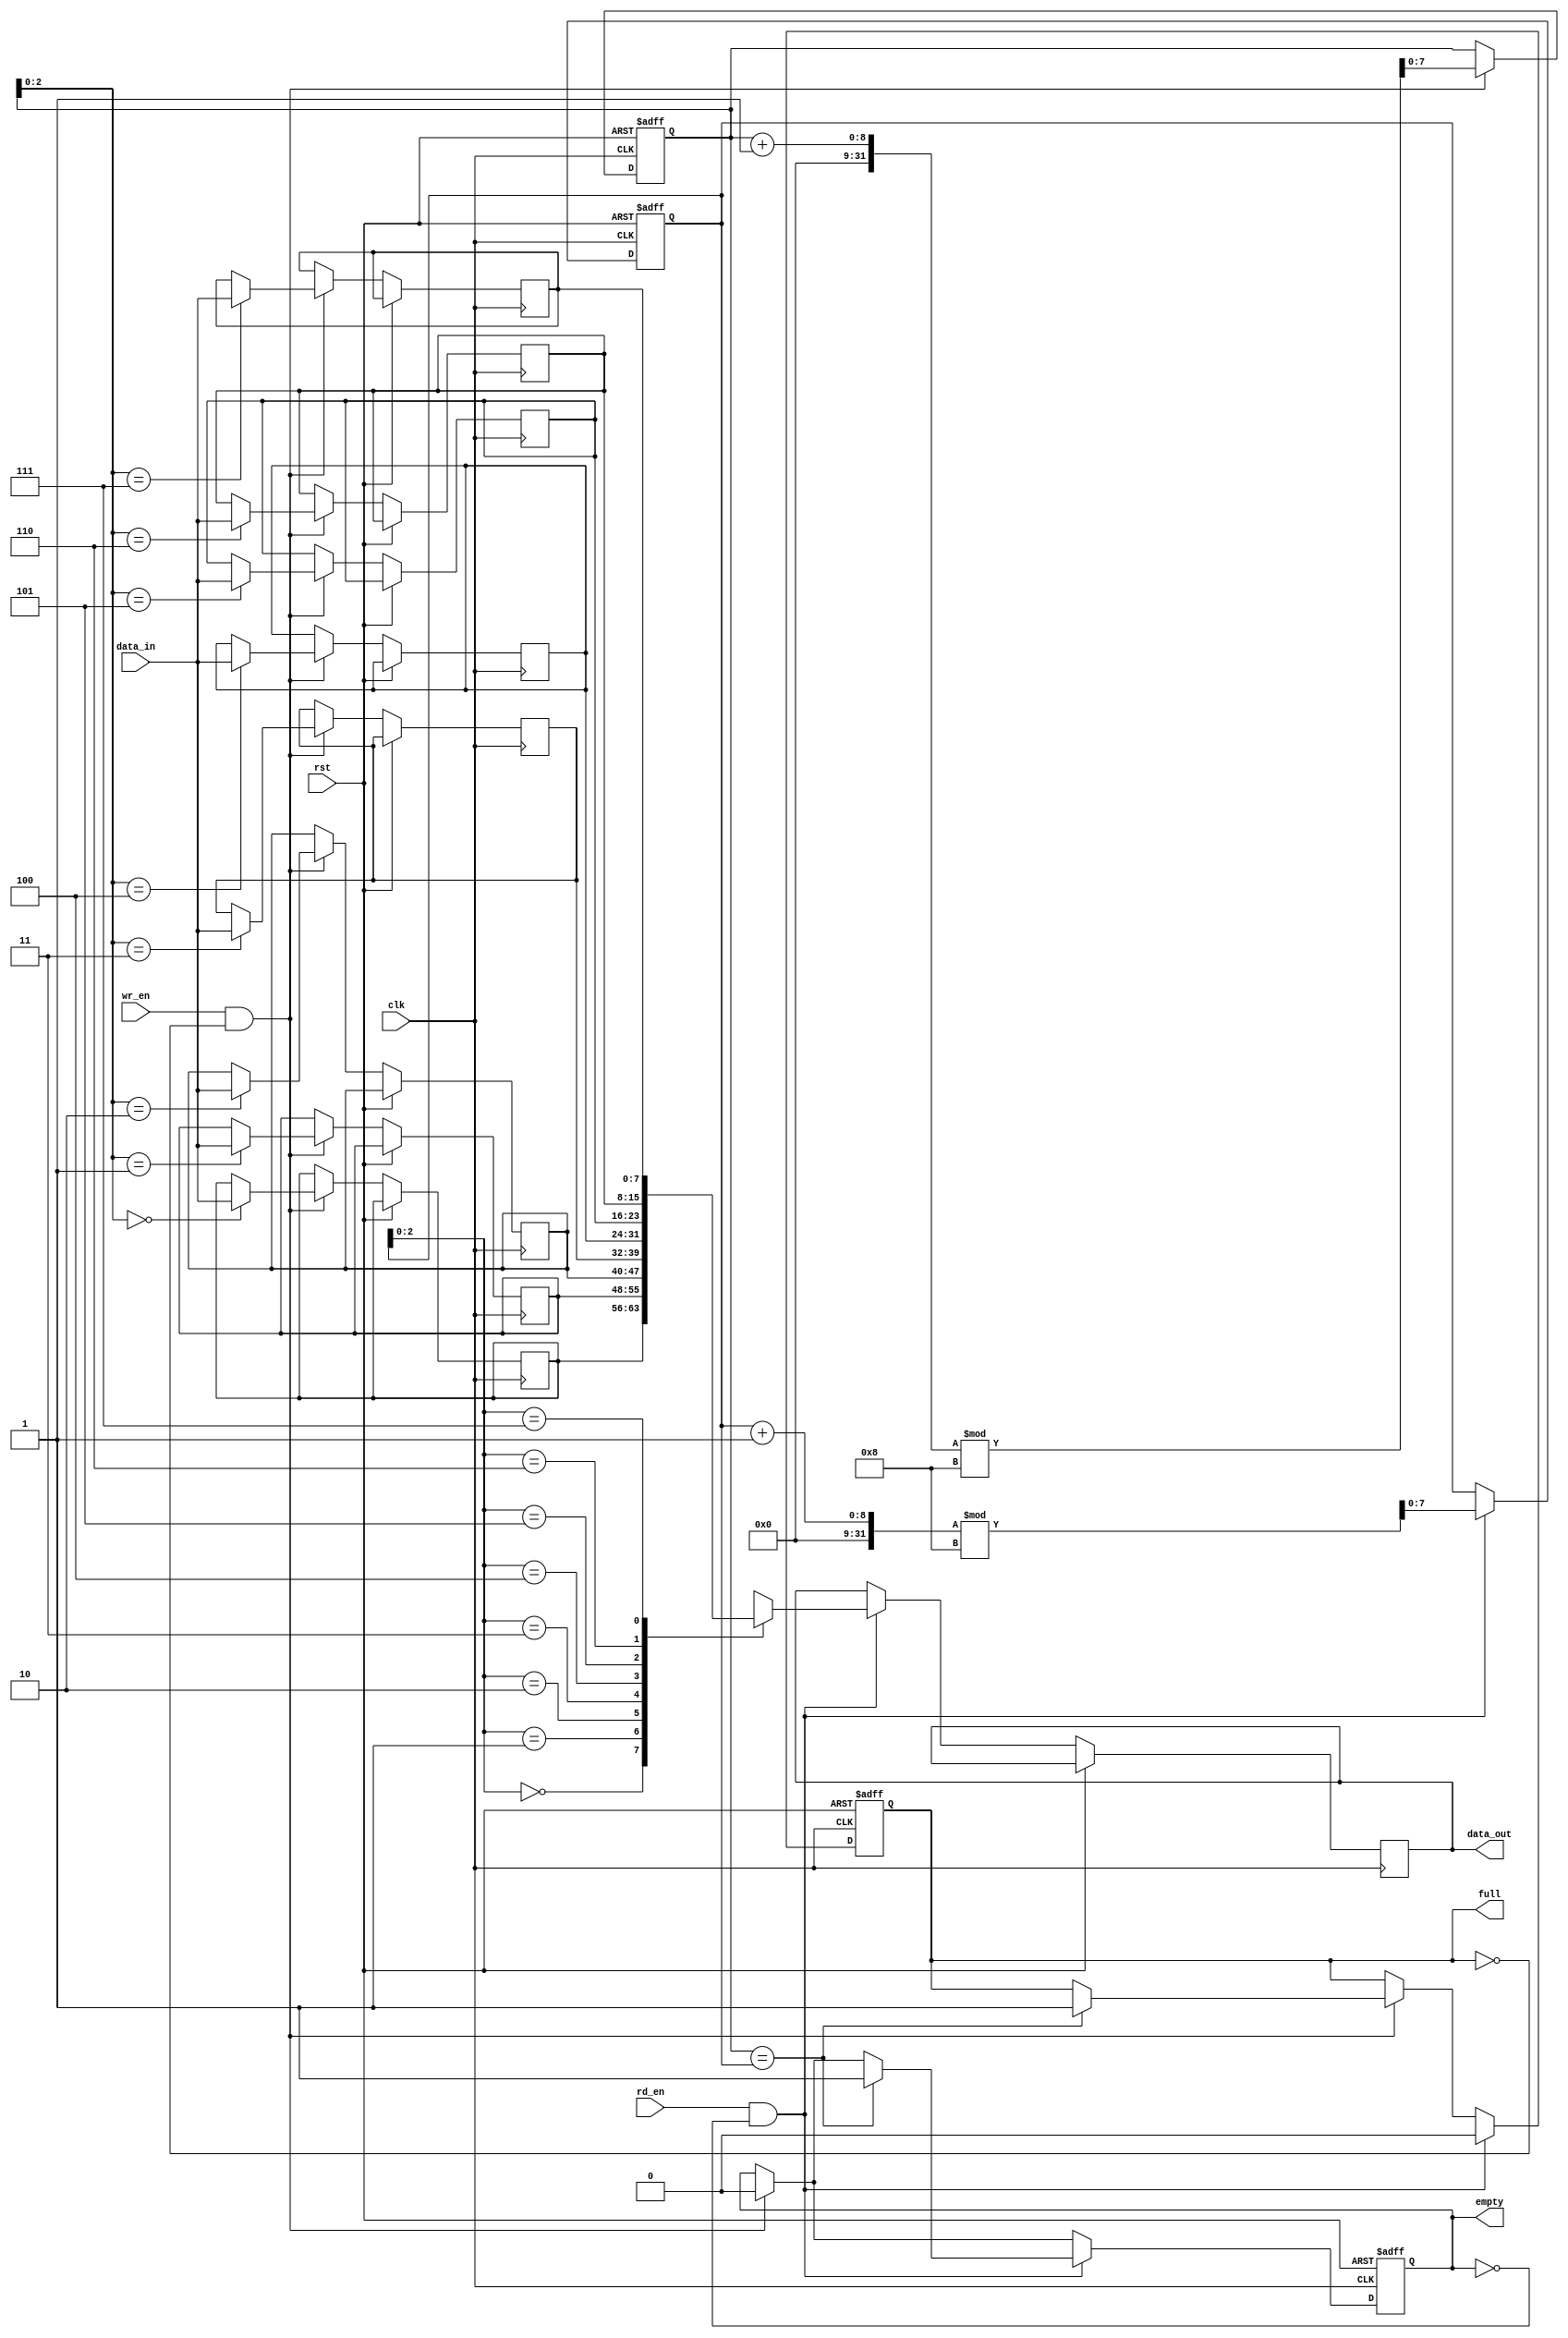
module circular_fifo(
    input clk,
    input rst,
    input wr_en,
    input rd_en,
    input [DATA_WIDTH-1:0] data_in,
    output reg [DATA_WIDTH-1:0] data_out,
    output reg empty,
    output reg full
);

parameter DEPTH = 8;
parameter DATA_WIDTH = 8;

reg [DATA_WIDTH-1:0] mem[0:DEPTH-1];
reg [DATA_WIDTH-1:0] read_ptr = 0;
reg [DATA_WIDTH-1:0] write_ptr = 0;

always @(posedge clk or posedge rst) begin
    if(rst) begin
        read_ptr <= 0;
        write_ptr <= 0;
        full <= 0;
        empty <= 1;
    end else begin
        if(wr_en && !full) begin
            mem[write_ptr] <= data_in;
            write_ptr <= (write_ptr + 1) % DEPTH;
            empty <= 0;
            if(write_ptr == read_ptr) begin
                full <= 1;
            end
        end
        
        if(rd_en && !empty) begin
            data_out <= mem[read_ptr];
            read_ptr <= (read_ptr + 1) % DEPTH;
            full <= 0;
            if(write_ptr == read_ptr) begin
                empty <= 1;
            end
        end
    end
end

endmodule